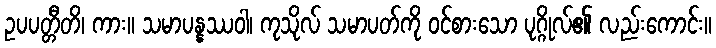
ဥပပတ္တီတိ၊ ကား။ သမာပန္နဿဝါ၊ ကုသိုလ် သမာပတ်ကို ဝင်စားသော ပုဂ္ဂိုလ်၏ လည်းကောင်း။